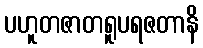
ပဟူတဇာတရူပရဇတာနိ